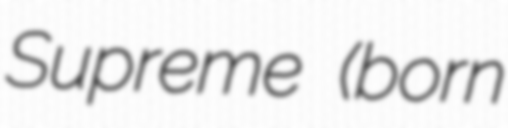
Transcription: Supreme (born